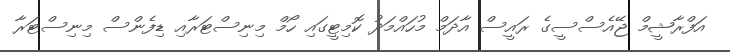
އަފްރާޝީމް ޖޭއެސްސީގެ ރައީސް އާދަމް މުހައްމަދު ކޮމިޓީގައި ހޯމް މިނިސްޓަރާއި ޑިފެންސް މިނިސްޓަރާ